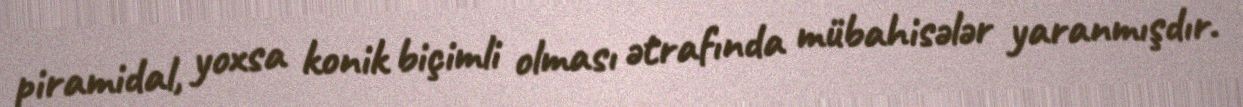
piramidal, yoxsa konik biçimli olması ətrafında mübahisələr yaranmışdır.